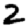
Digit: 2